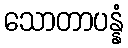
သောတာပန္နံ